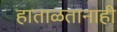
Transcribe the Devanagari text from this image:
हाताळतानाही